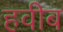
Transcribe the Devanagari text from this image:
हवीब